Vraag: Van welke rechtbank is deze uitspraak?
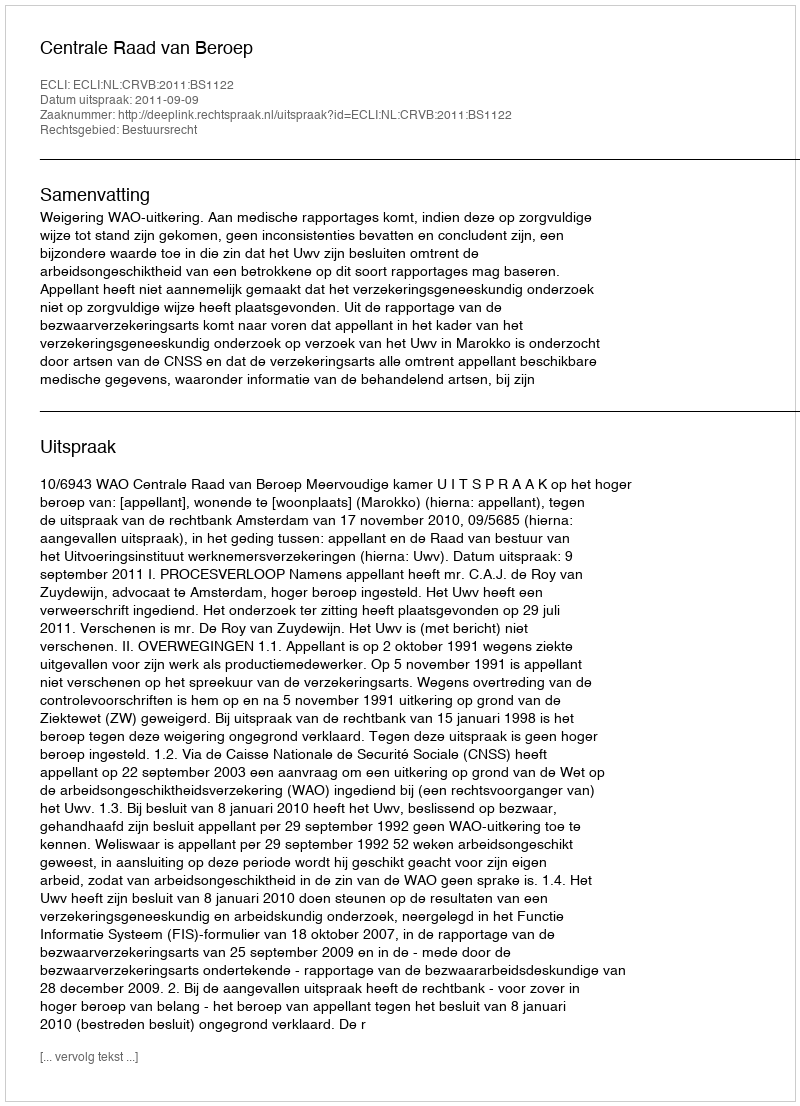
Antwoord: Centrale Raad van Beroep